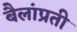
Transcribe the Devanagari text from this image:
बैलांप्रती